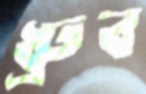
ধ্রুব